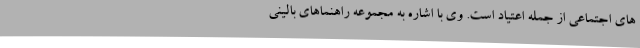
های اجتماعی از جمله اعتیاد است. وی با اشاره به مجموعه راهنماهای بالینی